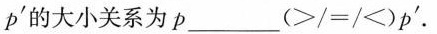
p'的大小关系为p___(≥/=<)p^{\prime}.